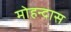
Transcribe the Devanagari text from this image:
मोहन्दास